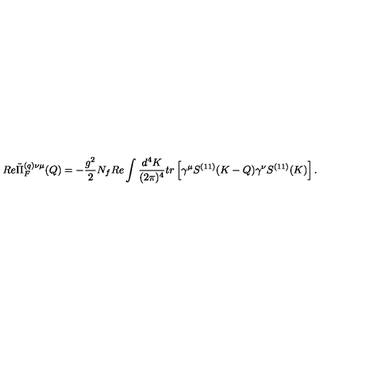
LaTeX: R e \tilde { \Pi } _ { F } ^ { ( q ) \nu \mu } ( Q ) = - \frac { g ^ { 2 } } { 2 } N _ { f } R e \int \frac { d ^ { 4 } K } { ( 2 \pi ) ^ { 4 } } t r \left[ \gamma ^ { \mu } S ^ { ( 1 1 ) } ( K - Q ) \gamma ^ { \nu } S ^ { ( 1 1 ) } ( K ) \right] .